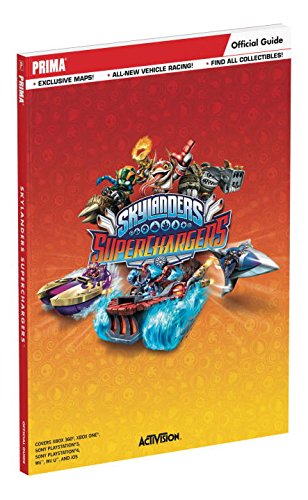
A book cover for Skylanders SuperChargers Official Strategy Guide; Prima Games; Humor & Entertainment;